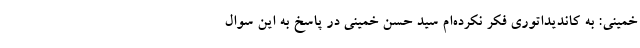
خمینی: به کاندیداتوری فکر نکرده‌‌ام سید حسن خمینی در پاسخ به این سوال